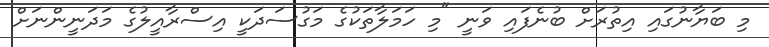
މި ބަޔާނުގައި އިތުރަށް ބުނެފައި ވަނީ "މި ހަމަލާތަކުގެ މަގުސަދަކީ އިސްރާއީލުގެ މަދަނީންނަށް